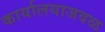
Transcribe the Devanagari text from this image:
कार्यालयाजवळ